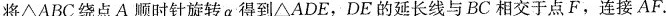
将\triangle ABC绕点A顺时针旋转a 得到\triangle ADE，DE的延长线与BC相交于点F，连接AF。